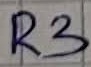
Text: R3